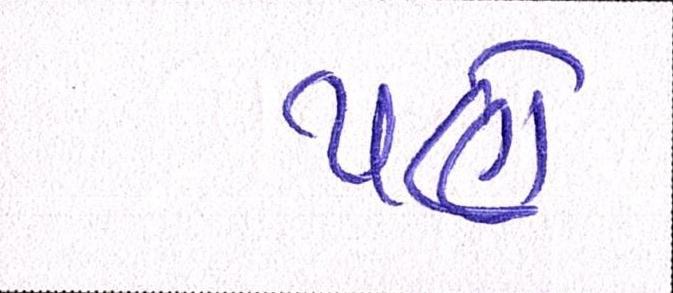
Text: પણે